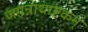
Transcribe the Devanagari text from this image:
जगन्नाथाष्टकम्